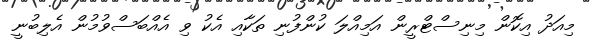
މިއަދު އިކޮން މިނިސްޓްރީން އަމިއްލަ ކުންފުނި ތަކާއި އެކު ވި އެއްބަސްވުމުން އެލިބުނީ